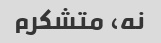
نه، متشکرم